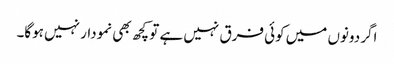
اگر دونوں میں کوئی فرق نہیں ہے تو کچھ بھی نمودار نہیں ہوگا۔